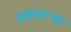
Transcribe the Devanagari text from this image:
हसणाऱ्या